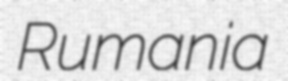
Rumania